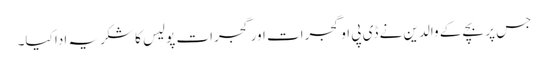
جس پر بچے کے والدین نے ڈی پی او گجرات اور گجرات پولیس کا شکریہ ادا کیا۔